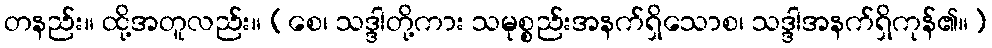
တနည်း။ ထို့အတူလည်း။ (စေ၊ သဒ္ဒါတို့ကား သမုစ္စည်းအနက်ရှိသောစ၊ သဒ္ဒါအနက်ရှိကုန်၏။)